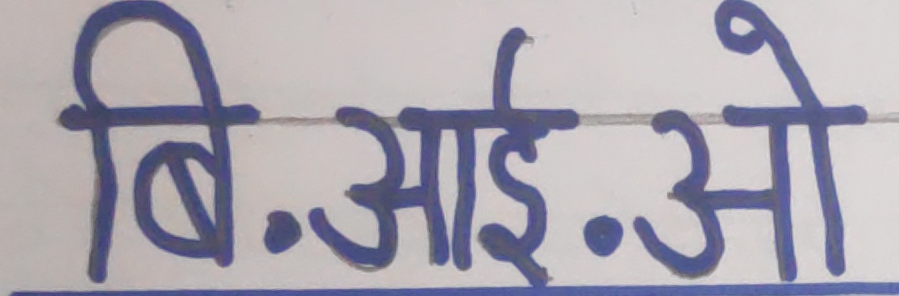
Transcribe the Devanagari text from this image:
बि.आई.ओ